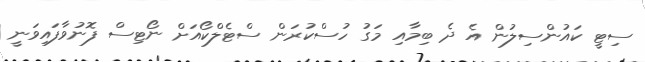
ސިޓީ ކައުންސިލުން އެ ދެ ބިމާއި މަގު ހުސްކުރަން ސްޓެލްކޯއަށް ނޯޓިސް ފޮނުވާފައިވަނީ